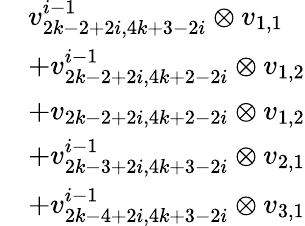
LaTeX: \begin{array}{rl}&{v_{2k-2+2i,4k+3-2i}^{i-1}\otimes v_{1,1}}\\ &{+v_{2k-2+2i,4k+2-2i}^{i-1}\otimes v_{1,2}}\\ &{+v_{2k-2+2i,4k+2-2i}\otimes v_{1,2}}\\ &{+v_{2k-3+2i,4k+3-2i}^{i-1}\otimes v_{2,1}}\\ &{+v_{2k-4+2i,4k+3-2i}^{i-1}\otimes v_{3,1}}\end{array}